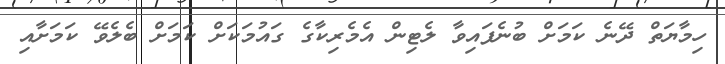
ހިމާޔަތް ދޭނެ ކަމަށް ބުނެފައިވާ ލެޓިން އެމެރިކާގެ ގައުމަކަށް ކަމަށް ބެލެވޭ ކަމަށާއި